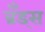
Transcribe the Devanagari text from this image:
ब्रॅंड्स